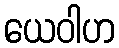
ယေဝါဟ